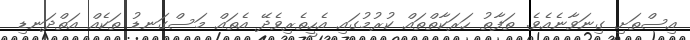
އިސްތަށި ގިނަވާނެއެވެ. ތަފާތު ހަރަކާތްތައް ކުރުމުގައި އެހީތެރިވެދޭ އެތައް މަސްގަނޑު ތަކެއް އަތްދަނޑި